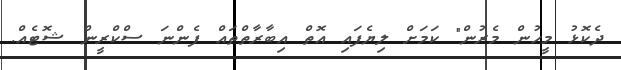
ދެކޮޅު މީހުން މެރުން" ކަމަށް ލިޔެފައި އޮތް އިބާރާތްތައް ފެންނަ ސްކްރީން ޝޮޓެއް.